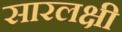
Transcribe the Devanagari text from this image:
सारलक्षी